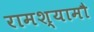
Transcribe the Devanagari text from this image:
रामश्यामौ